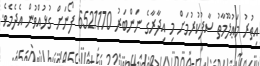
އިތުރު މަޢުލޫމާތު ސާފުކުރުމަށް މި އިދާރާގެ ނަންބަރު 6521170 ފޯނަށް ގުޅުއްވުން އެދެމެވެ.